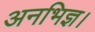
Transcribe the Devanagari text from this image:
अनभिज्ञ।